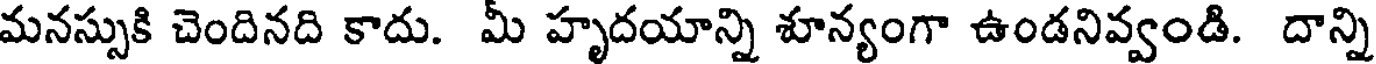
మనస్సుకి చెందినది కాదు. మీ హృదయాన్ని శూన్యంగా ఉండనివ్వండి. దాన్ని